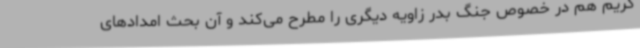
کریم هم در خصوص جنگ بدر زاویه دیگری را مطرح می‌کند و آن بحث امدادهای